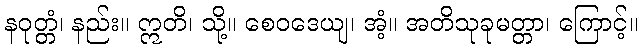
နဝုတ္တံ၊ နည်း။ ဣတိ၊ သို့။ စေဝဒေယျ၊ အံ့။ အတိသုခုမတ္တာ၊ ကြောင့်။